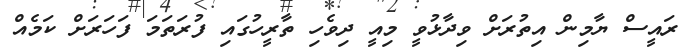
ރައީސް ޔާމިން އިތުރަށް ވިދާޅުވީ މިއީ ދިވެހި ތާރީހުގައި ފުރަތަމަ ފަހަރަށް ކަމެއް